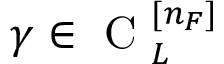
\gamma \in \mathrm { ~ C ~ } _ { L } ^ { [ n _ { F } ] }